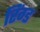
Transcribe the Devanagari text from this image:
रिंग्ड